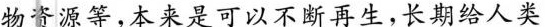
物资源等，本来是可以不断再生，长期给人类